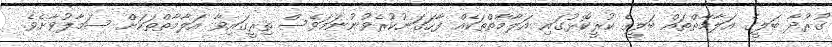
ގުރުދާ ބަލީގެ އަލާމާތްތައް ބަލީގެ ކުރީކޮޅުގައި އަލާމާތްތަކެއް ފާހަގަނުކުރެވުނުނަމަވެސް ތިރީގައިވާ އަލާމާތްތަކަށް ސަމާލުވާށެވެ.